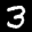
Label: 3